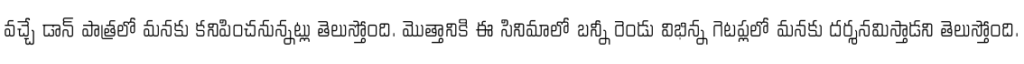
వచ్చే డాన్ పాత్రలో మనకు కనిపించనున్నట్లు తెలుస్తోంది. మొత్తానికి ఈ సినిమాలో బన్నీ రెండు విభిన్న గెటప్లలో మనకు దర్శనమిస్తాడని తెలుస్తోంది.